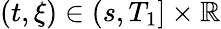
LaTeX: (t,\xi)\in(s,T_{1}]\times\mathbb{R}